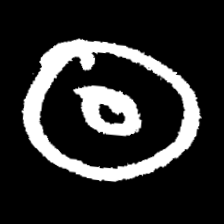
Pyu character \u2014 Myanmar letter: ထ (romanized: tha)